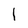
Character: 1